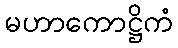
မဟာကောဋ္ဌိကံ